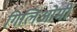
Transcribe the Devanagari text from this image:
गिलिओमी